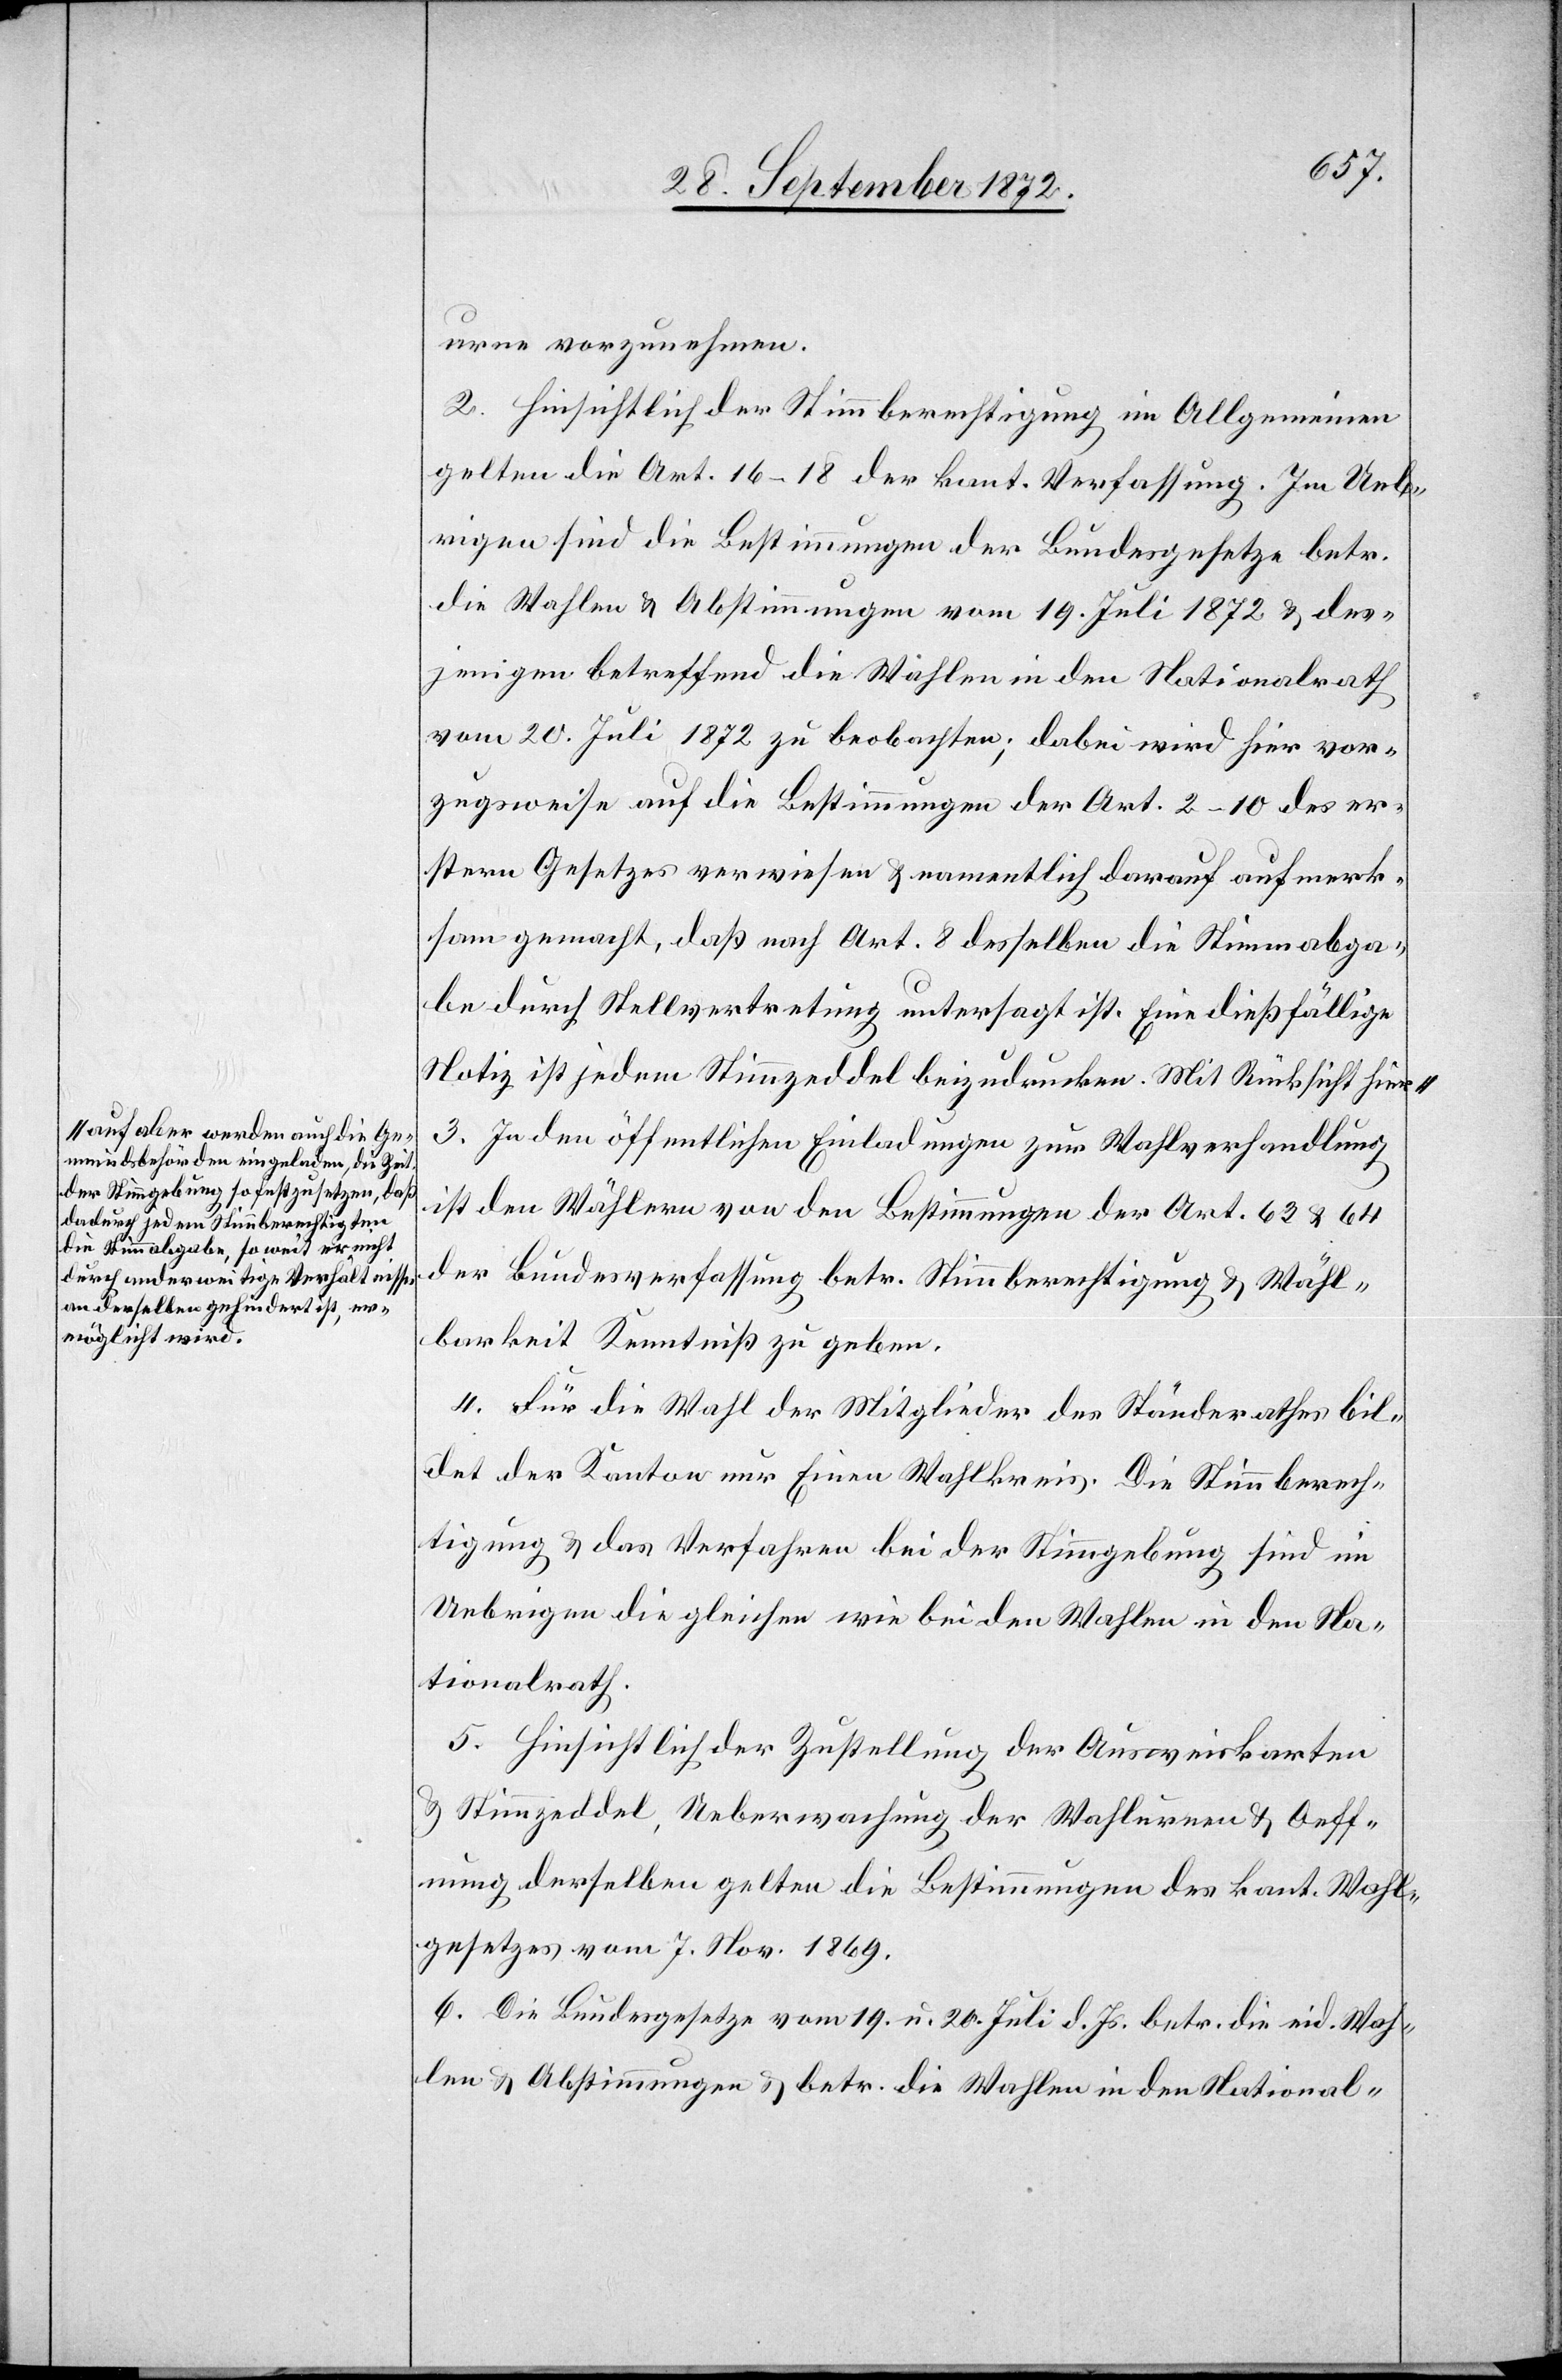
auf aber werden auch die Ge¬
meindsbehörden eingeladen, die Zeit
der Stimmgebung so festzusetzen, daß
dadurch jedem Stimmberechtigten
die Stimmabgabe, so weit er nicht
durch anderweitige Verhältnisse
an denselben gehindert ist, er¬
möglicht wird.a

urne vorzunehmen.
2. Hinsichtlich der Stimmberechtigung im Allgemeinen
gelten die Art. 16–18 der kant. Verfassung. Im Ueb¬
rigen sind die Bestimmungen der Bundesgesetze betr.
die Wahlen u. Abstimmungen vom 19. Juli 1872 u. des¬
jenigen betreffend die Wahlen in den Nationalrath
vom 20. Juli 1872 zu beobachten; dabei wird hier vor¬
zugsweise auf die Bestimmungen der Art. 2–10 des er¬
stern Gesetzes verwiesen u. namentlich darauf aufmerk¬
sam gemacht, daß nach Art. 8 desselben die Stimmabga¬
be durch Stellvertretung untersagt ist. Eine dießfällige
Notiz ist jedem Stimmzeddel beizudrucken. Mit Rücksicht hiera¬
3. In den öffentlichen Einladungen zur Wahlverhandlung
ist den Wählern von den Bestimmungen der Art. 63 u. 64
der Bundesverfassung betr. Stimmberechtigung u. Wähl¬
barkeit Kenntniß zu geben.
4. Für die Wahl der Mitglieder des Ständerathes bil¬
det der Kanton nur Einen Wahlkreis. Die Stimmberech¬
tigung u. das Verfahren bei der Stimmgebung sind im
Uebrigen die gleichen wie bei den Wahlen in den Na¬
tionalrath.
5. Hinsichtlich der Zustellung der Ausweiskarten
u. Stimmzeddel, Ueberwachung der Wahlurnen u. Oeff¬
nung derselben gelten die Bestimmungen des kant. Wahl¬
gesetzes vom 7. Nov. 1869.
6. Die Bundesgesetze vom 19. u. 20. Juli d. Js. betr. die eid. Wah¬
len u. Abstimmungen u. betr. die Wahlen in den National-